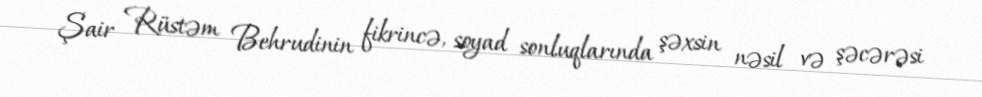
Şair Rüstəm Behrudinin fikrincə, soyad sonluqlarında şəxsin nəsil və şəcərəsi